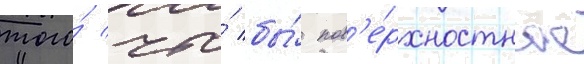
того́ что́ бы́ пов'е́рхностное